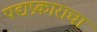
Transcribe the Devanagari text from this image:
पद्यप्रकाराचा